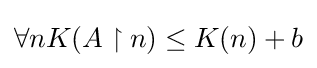
\forall nK(A\upharpoonright n)\leq K(n)+b